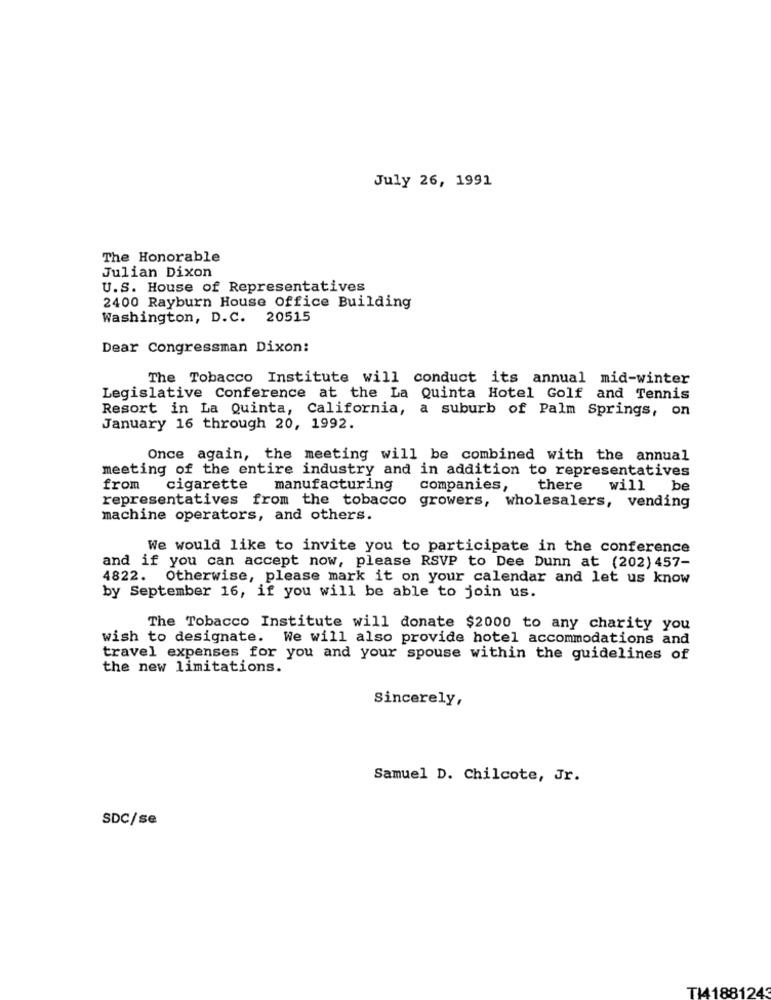
July 26, 1991
The Honorable
Julian Dixon
U.S. House of Representatives
2400 Rayburn House Office Building
Washington, D.C. 20515
Dear Congressman Dixon:
The Tobacco Institute will conduct its annual mid-winter
Legislative Conference at the La Quinta Hotel Golf and Tennis
Resort in La Quinta, California, a suburb of Palm Springs, on
January 16 through 20, 1992.
Once again, the meeting will be combined with the annual
meeting of the entire industry and in addition to representatives
from
cigarette
manufacturing
companies,
there
will be
representatives from the tobacco growers, wholesalers, vending
machine operators, and others.
We would like to invite you to participate in the conference
and if you can accept now, please RSVP to Dee Dunn at (202) 457-
4822. Otherwise, please mark it on your calendar and let us know
by September 16, if you will be able to join us.
The Tobacco Institute will donate $2000 to any charity you
wish to designate. We will also provide hotel accommodations and
travel expenses for you and your spouse within the guidelines of
the new limitations.
Sincerely,
Samuel D. Chilcote, Jr.
SDC/se
T1188124